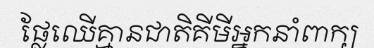
ផ្លែឈើគ្មានជាតិគីមីអ្នកនាំពាក្យ